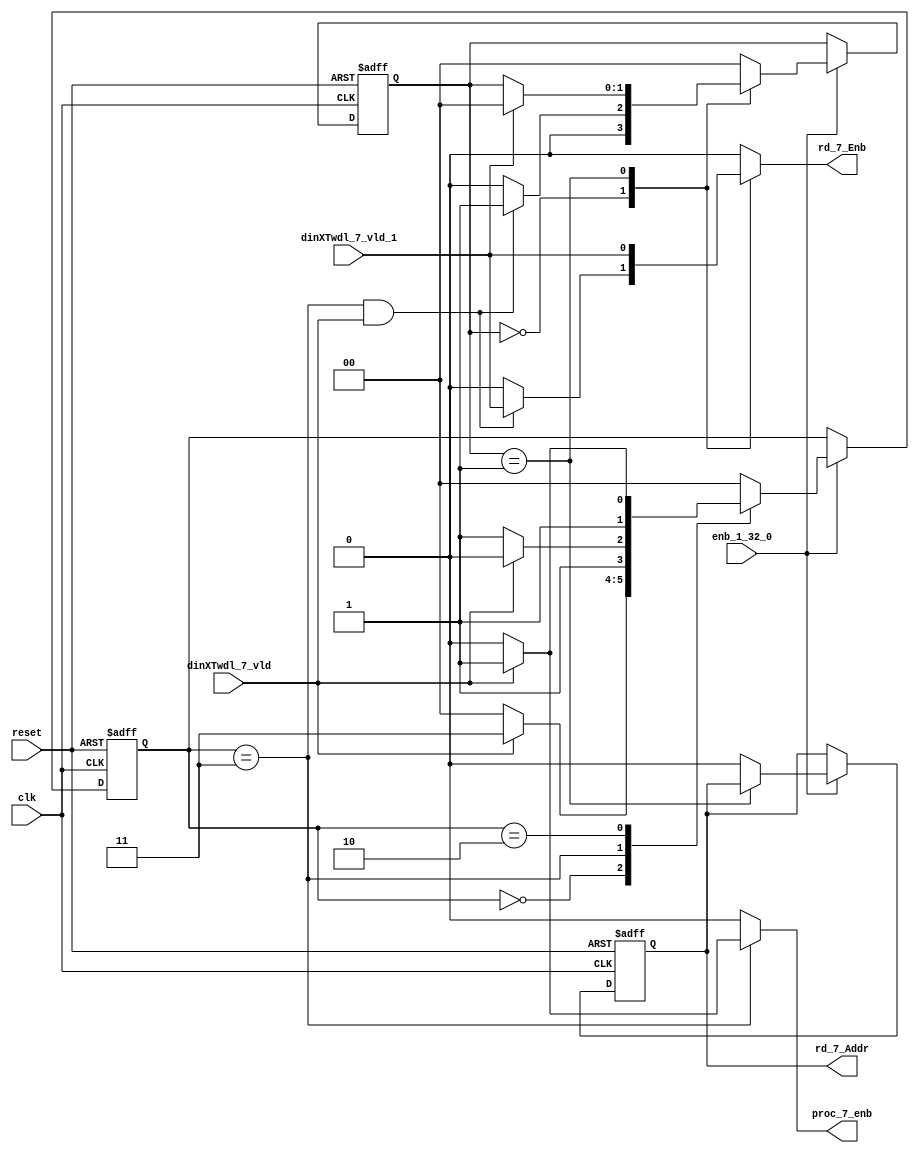
// -------------------------------------------------------------
// 
// 
// Generated by MATLAB 9.13 and HDL Coder 4.0
// 
// -------------------------------------------------------------


// -------------------------------------------------------------
// 
// Module: whdlOFDMTx_RADIX22FFT_CTRL1_1_block
// Source Path: dsphdl.IFFT/RADIX22FFT_CTRL1_1
// Hierarchy Level: 5
// 
// -------------------------------------------------------------

`timescale 1 ns / 1 ns

module whdlOFDMTx_RADIX22FFT_CTRL1_1_block
          (clk,
           reset,
           enb_1_32_0,
           dinXTwdl_7_vld,
           dinXTwdl_7_vld_1,
           rd_7_Addr,
           rd_7_Enb,
           proc_7_enb);


  input   clk;
  input   reset;
  input   enb_1_32_0;
  input   dinXTwdl_7_vld;
  input   dinXTwdl_7_vld_1;
  output  rd_7_Addr;
  output  rd_7_Enb;
  output  proc_7_enb;


  reg [1:0] SDFController_wrState;  // ufix2
  reg [1:0] SDFController_rdState;  // ufix2
  reg  SDFController_rdAddr_reg;  // ufix1
  reg [1:0] SDFController_multjState;  // ufix2
  reg [1:0] SDFController_wrState_next;  // ufix2
  reg [1:0] SDFController_rdState_next;  // ufix2
  reg  SDFController_rdAddr_reg_next;  // ufix1
  reg [1:0] SDFController_multjState_next;  // ufix2
  reg  rd_7_Addr_1;
  reg  rd_7_Enb_1;
  reg  proc_7_enb_1;
  reg  multiply_7_J;


  // SDFController
  always @(posedge clk or posedge reset)
    begin : SDFController_process
      if (reset == 1'b1) begin
        SDFController_rdAddr_reg <= 1'b0;
        SDFController_wrState <= 2'b00;
        SDFController_rdState <= 2'b00;
        SDFController_multjState <= 2'b00;
      end
      else begin
        if (enb_1_32_0) begin
          SDFController_wrState <= SDFController_wrState_next;
          SDFController_rdState <= SDFController_rdState_next;
          SDFController_rdAddr_reg <= SDFController_rdAddr_reg_next;
          SDFController_multjState <= SDFController_multjState_next;
        end
      end
    end

  always @(SDFController_multjState, SDFController_rdAddr_reg, SDFController_rdState,
       SDFController_wrState, dinXTwdl_7_vld, dinXTwdl_7_vld_1) begin
    SDFController_wrState_next = SDFController_wrState;
    SDFController_rdState_next = SDFController_rdState;
    SDFController_rdAddr_reg_next = SDFController_rdAddr_reg;
    SDFController_multjState_next = SDFController_multjState;
    case ( SDFController_multjState)
      2'b00 :
        begin
          SDFController_multjState_next = 2'b00;
          multiply_7_J = 1'b0;
          if (SDFController_rdState == 2'b01) begin
            SDFController_multjState_next = 2'b01;
          end
        end
      2'b01 :
        begin
          multiply_7_J = 1'b0;
          if (SDFController_rdState == 2'b00) begin
            SDFController_multjState_next = 2'b10;
          end
        end
      2'b10 :
        begin
          multiply_7_J = 1'b0;
          SDFController_multjState_next = 2'b11;
        end
      2'b11 :
        begin
          multiply_7_J = 1'b1;
          SDFController_multjState_next = 2'b00;
        end
      default :
        begin
          SDFController_multjState_next = 2'b00;
          multiply_7_J = 1'b0;
        end
    endcase
    case ( SDFController_rdState)
      2'b00 :
        begin
          SDFController_rdState_next = 2'b00;
          SDFController_rdAddr_reg_next = 1'b0;
          rd_7_Enb_1 = 1'b0;
          if ((SDFController_wrState == 2'b11) && dinXTwdl_7_vld) begin
            SDFController_rdState_next = 2'b01;
            rd_7_Enb_1 = dinXTwdl_7_vld_1;
          end
        end
      2'b01 :
        begin
          rd_7_Enb_1 = dinXTwdl_7_vld_1;
          if (dinXTwdl_7_vld_1) begin
            SDFController_rdState_next = 2'b00;
          end
        end
      default :
        begin
          SDFController_rdState_next = 2'b00;
          SDFController_rdAddr_reg_next = 1'b0;
          rd_7_Enb_1 = 1'b0;
        end
    endcase
    case ( SDFController_wrState)
      2'b00 :
        begin
          SDFController_wrState_next = 2'b00;
          proc_7_enb_1 = 1'b0;
          if (dinXTwdl_7_vld) begin
            SDFController_wrState_next = 2'b11;
          end
        end
      2'b11 :
        begin
          SDFController_wrState_next = 2'b11;
          proc_7_enb_1 = 1'b0;
          if (dinXTwdl_7_vld) begin
            SDFController_wrState_next = 2'b10;
            proc_7_enb_1 = 1'b1;
          end
        end
      2'b10 :
        begin
          proc_7_enb_1 = 1'b0;
          SDFController_wrState_next = 2'b10;
          if (dinXTwdl_7_vld) begin
            SDFController_wrState_next = 2'b11;
          end
        end
      default :
        begin
          SDFController_wrState_next = 2'b00;
          proc_7_enb_1 = 1'b0;
        end
    endcase
    rd_7_Addr_1 = SDFController_rdAddr_reg;
  end



  assign rd_7_Addr = rd_7_Addr_1;

  assign rd_7_Enb = rd_7_Enb_1;

  assign proc_7_enb = proc_7_enb_1;

endmodule  // whdlOFDMTx_RADIX22FFT_CTRL1_1_block